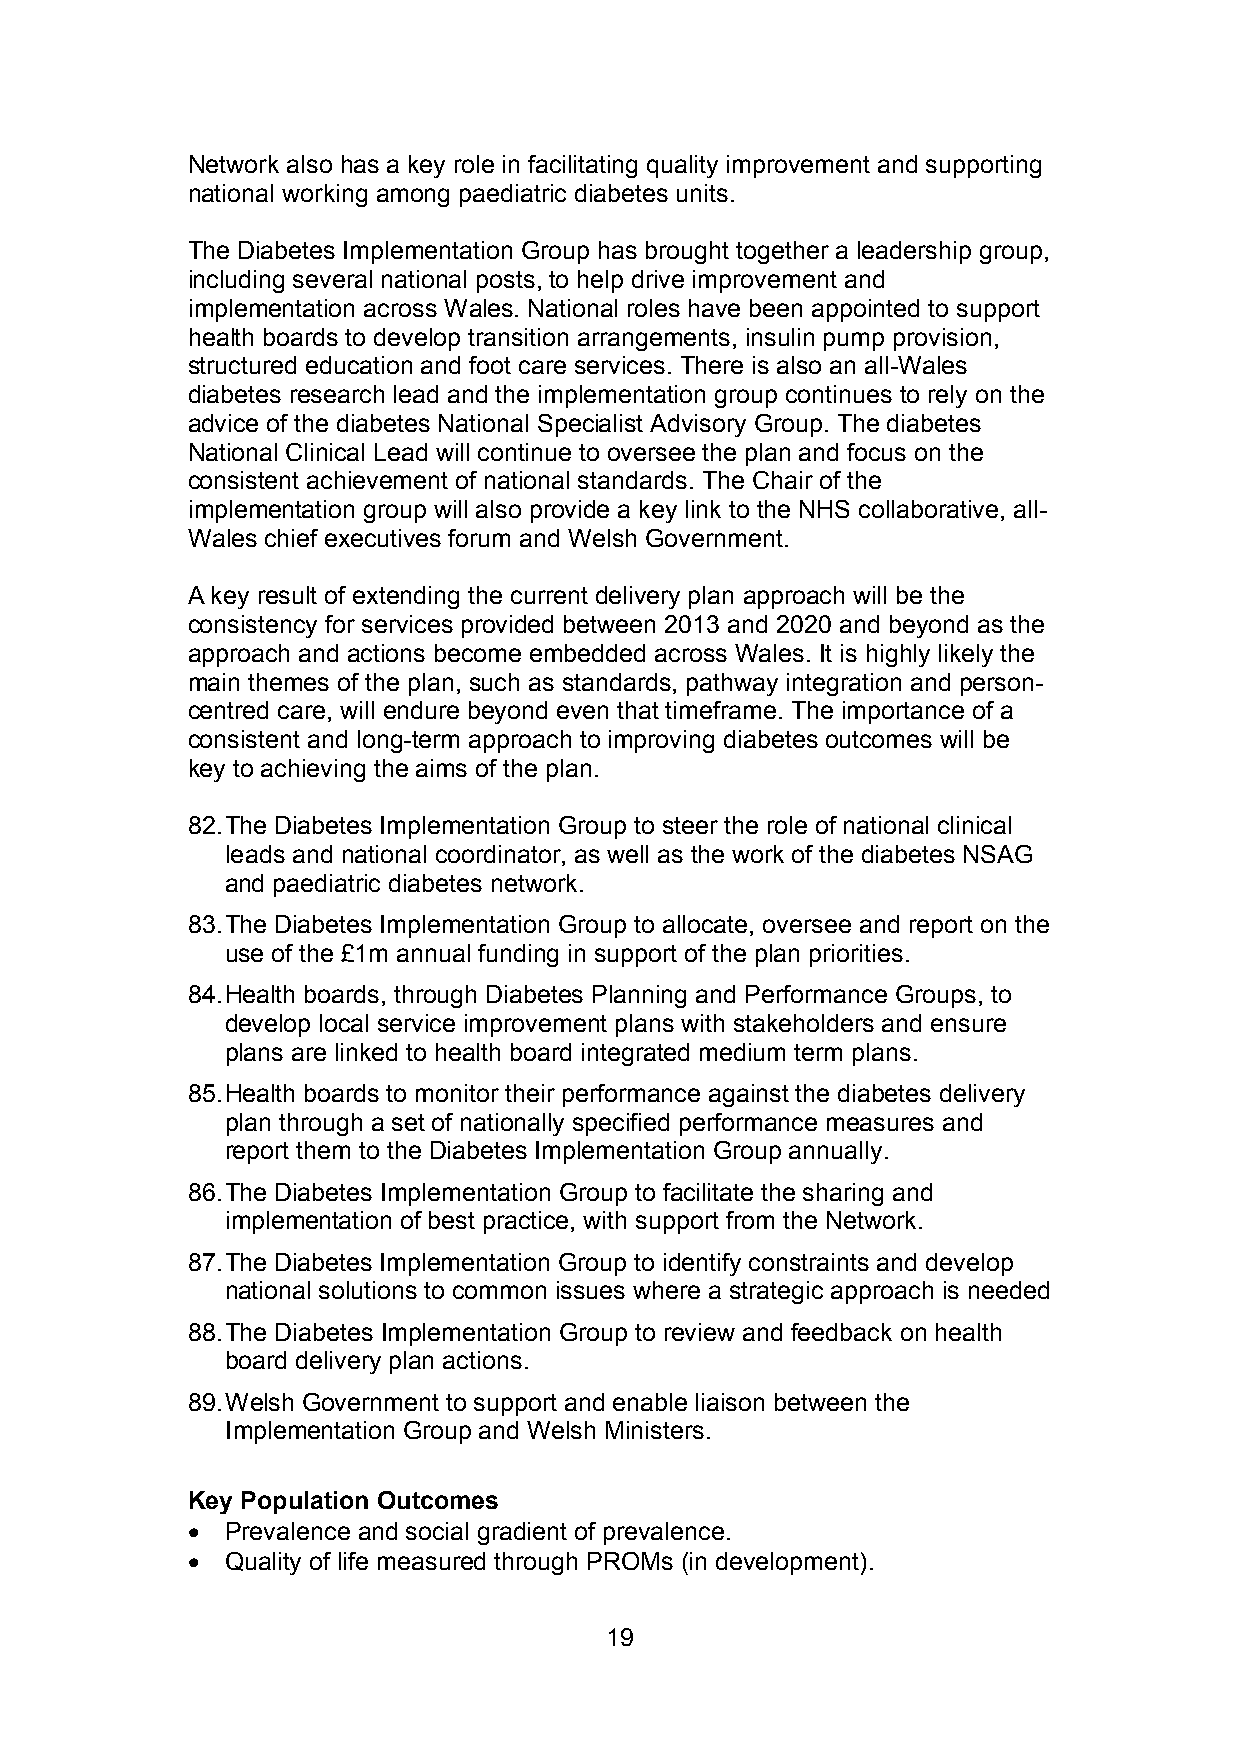
Network also has a key role in facilitating quality improvement and supporting
 national working among paediatric diabetes units.
 The Diabetes Implementation Group has brought together a leadership group,
 including several national posts, to help drive improvement and
 implementation across Wales. National roles have been appointed to support
 health boards to develop transition arrangements, insulin pump provision,
 structured education and foot care services. There is also an all-Wales
 diabetes research lead and the implementation group continues to rely on the
 advice of the diabetes National Specialist Advisory Group. The diabetes
 National Clinical Lead will continue to oversee the plan and focus on the
 consistent achievement of national standards. The Chair of the
 implementation group will also provide a key link to the NHS collaborative, all-
 Wales chief executives forum and Welsh Government.
 A key result of extending the current delivery plan approach will be the
 consistency for services provided between 2013 and 2020 and beyond as the
 approach and actions become embedded across Wales. It is highly likely the
 main themes of the plan, such as standards, pathway integration and person-
 centred care, will endure beyond even that timeframe. The importance of a
 consistent and long-term approach to improving diabetes outcomes will be
 key to achieving the aims of the plan.
 82.The Diabetes Implementation Group to steer the role of national clinical
 leads and national coordinator, as well as the work of the diabetes NSAG
 and paediatric diabetes network.
 83.The Diabetes Implementation Group to allocate, oversee and report on the
 use of the £1m annual funding in support of the plan priorities.
 84.Health boards, through Diabetes Planning and Performance Groups, to
 develop local service improvement plans with stakeholders and ensure
 plans are linked to health board integrated medium term plans.
 85.Health boards to monitor their performance against the diabetes delivery
 plan through a set of nationally specified performance measures and
 report them to the Diabetes Implementation Group annually.
 86.The Diabetes Implementation Group to facilitate the sharing and
 implementation of best practice, with support from the Network.
 87.The Diabetes Implementation Group to identify constraints and develop
 national solutions to common issues where a strategic approach is needed
 88.The Diabetes Implementation Group to review and feedback on health
 board delivery plan actions.
 89.Welsh Government to support and enable liaison between the
 Implementation Group and Welsh Ministers.
 Key Population Outcomes
   Prevalence and social gradient of prevalence.
   Quality of life measured through PROMs (in development).
 19